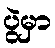
ပွဲမှာ